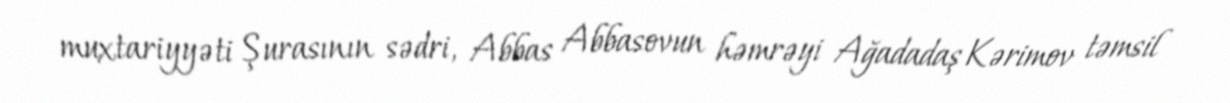
muxtariyyəti Şurasının sədri, Abbas Abbasovun həmrəyi Ağadadaş Kərimov təmsil